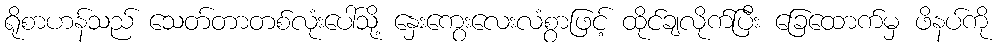
ရိုစာဟန်သည် သေတ်တာတစ်လုံးပေါ်သို့ နှေးကွေးလေးလံစွာဖြင့် ထိုင်ချလိုက်ပြီး ခြေထောက်မှ ဖိနပ်ကို